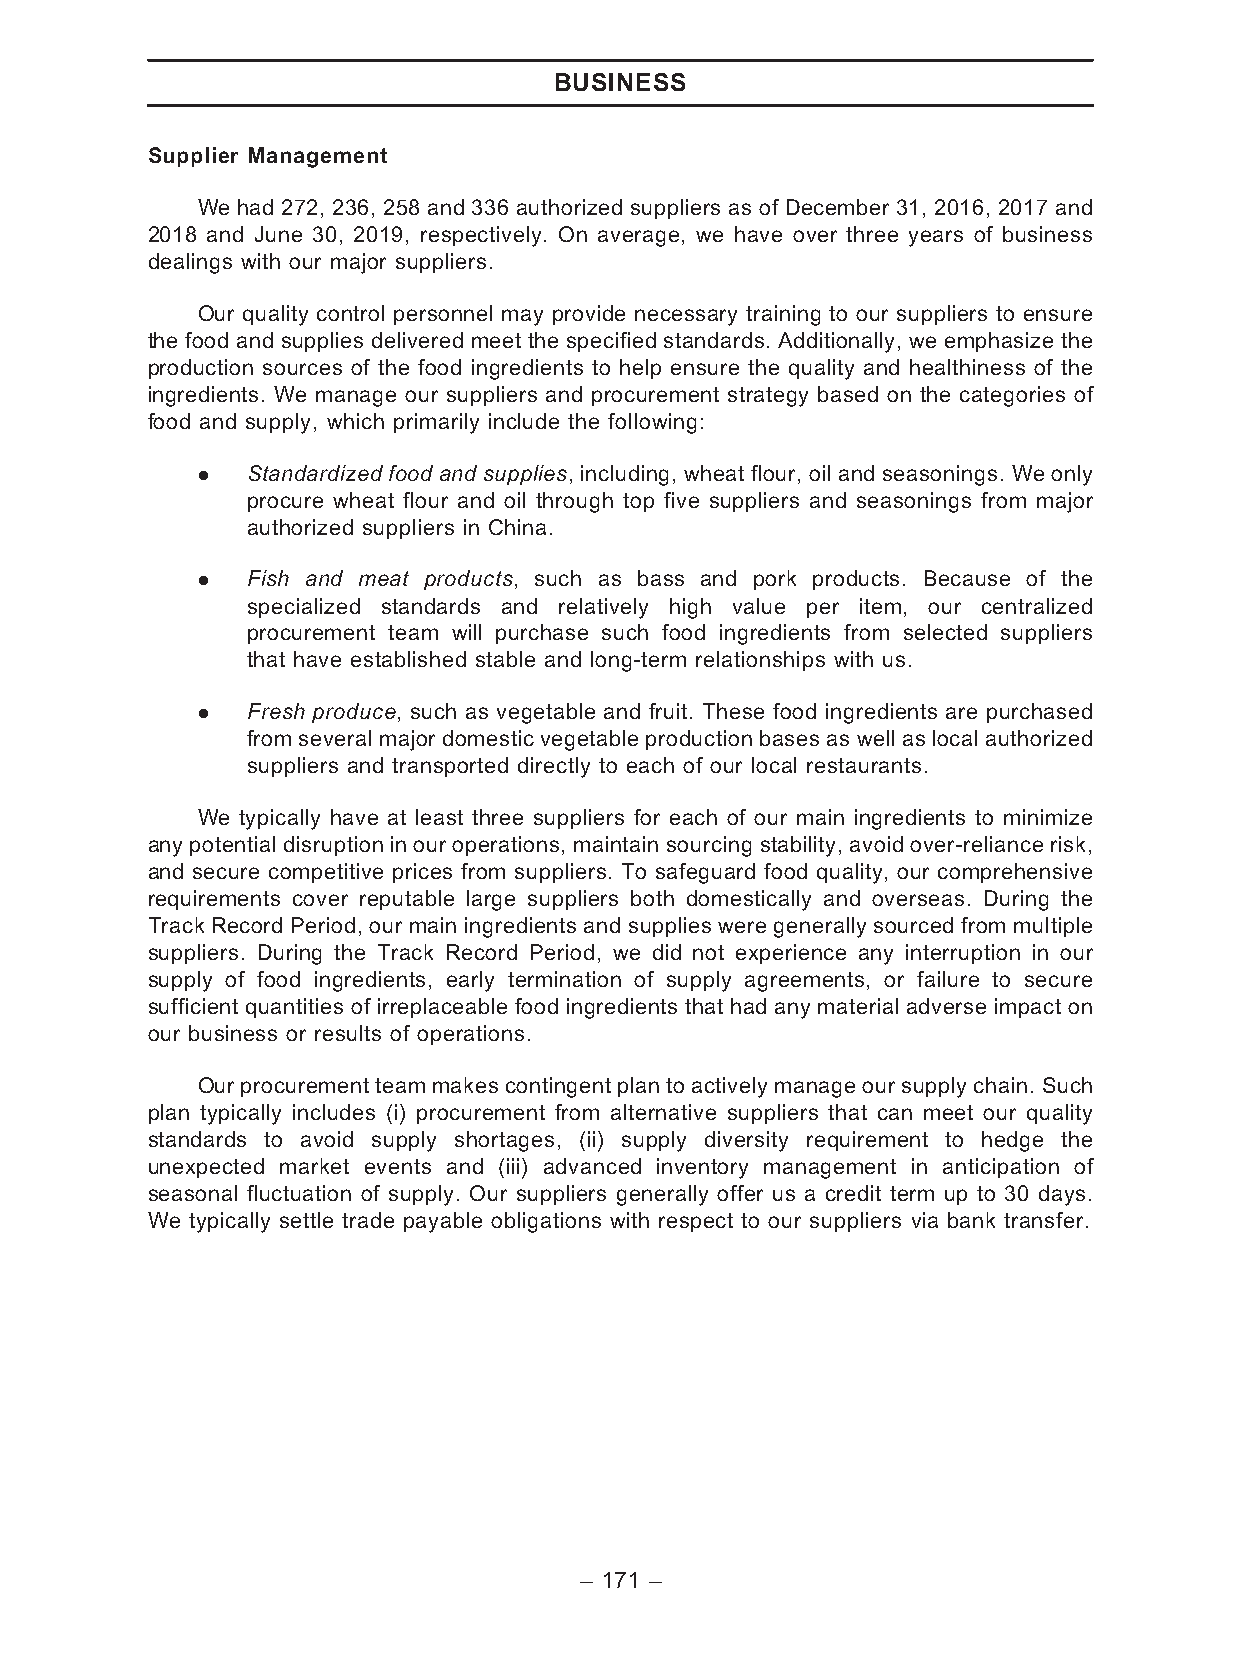
BUSINESS
 Supplier Management
 We had 272, 236, 258 and 336 authorized suppliers as of December 31, 2016, 2017 and
 2018 and June 30, 2019, respectively. On average, we have over three years of business
 dealings with our major suppliers.
 Our quality control personnel may provide necessary training to our suppliers to ensure
 the food and supplies delivered meet the specified standards. Additionally, we emphasize the
 production sources of the food ingredients to help ensure the quality and healthiness of the
 ingredients. We manage our suppliers and procurement strategy based on the categories of
 food and supply, which primarily include the following:
 .  Standardized food and supplies, including, wheat flour, oil and seasonings. We only
 procure wheat flour and oil through top five suppliers and seasonings from major
 authorized suppliers in China.
 .  Fish and meat products, such as bass and pork products. Because of the
 specialized standards and relatively high value per item, our centralized
 procurement team will purchase such food ingredients from selected suppliers
 that have established stable and long-term relationships with us.
 .  Fresh produce, such as vegetable and fruit. These food ingredients are purchased
 from several major domestic vegetable production bases as well as local authorized
 suppliers and transported directly to each of our local restaurants.
 We typically have at least three suppliers for each of our main ingredients to minimize
 any potential disruption in our operations, maintain sourcing stability, avoid over-reliance risk,
 and secure competitive prices from suppliers. To safeguard food quality, our comprehensive
 requirements cover reputable large suppliers both domestically and overseas. During the
 Track Record Period, our main ingredients and supplies were generally sourced from multiple
 suppliers. During the Track Record Period, we did not experience any interruption in our
 supply of food ingredients, early termination of supply agreements, or failure to secure
 sufficient quantities of irreplaceable food ingredients that had any material adverse impact on
 our business or results of operations.
 Ourprocurement team makes contingent plan to actively manage oursupplychain. Such
 plan typically includes (i) procurement from alternative suppliers that can meet our quality
 standards to avoid supply shortages, (ii) supply diversity requirement to hedge the
 unexpected market events and (iii) advanced inventory management in anticipation of
 seasonal fluctuation of supply. Our suppliers generally offer us a credit term up to 30 days.
 We typically settle trade payable obligations with respect to our suppliers via bank transfer.
 – 171 –